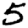
Digit: 5